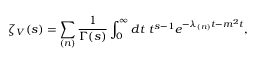
\zeta _ { V } ( s ) = \sum _ { ( n ) } \frac { 1 } { \Gamma ( s ) } \int _ { 0 } ^ { \infty } d t \ t ^ { s - 1 } e ^ { - \lambda _ { ( n ) } t - m ^ { 2 } t } ,